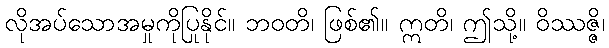
လိုအပ်သောအမှုကိုပြုနိုင်။ ဘဝတိ၊ ဖြစ်၏။ ဣတိ၊ ဤသို့။ ဝိဿဇ္ဇိ၊